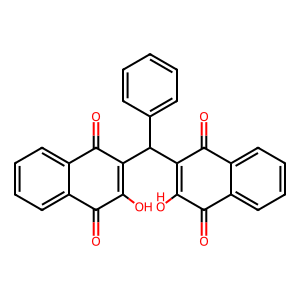
SMILES: O=C1C(O)=C(C(C2=C(O)C(=O)c3ccccc3C2=O)c2ccccc2)C(=O)c2ccccc21
Inhibits HIV replication: No